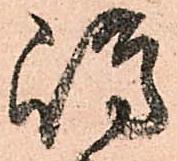
嶋